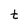
Character: t